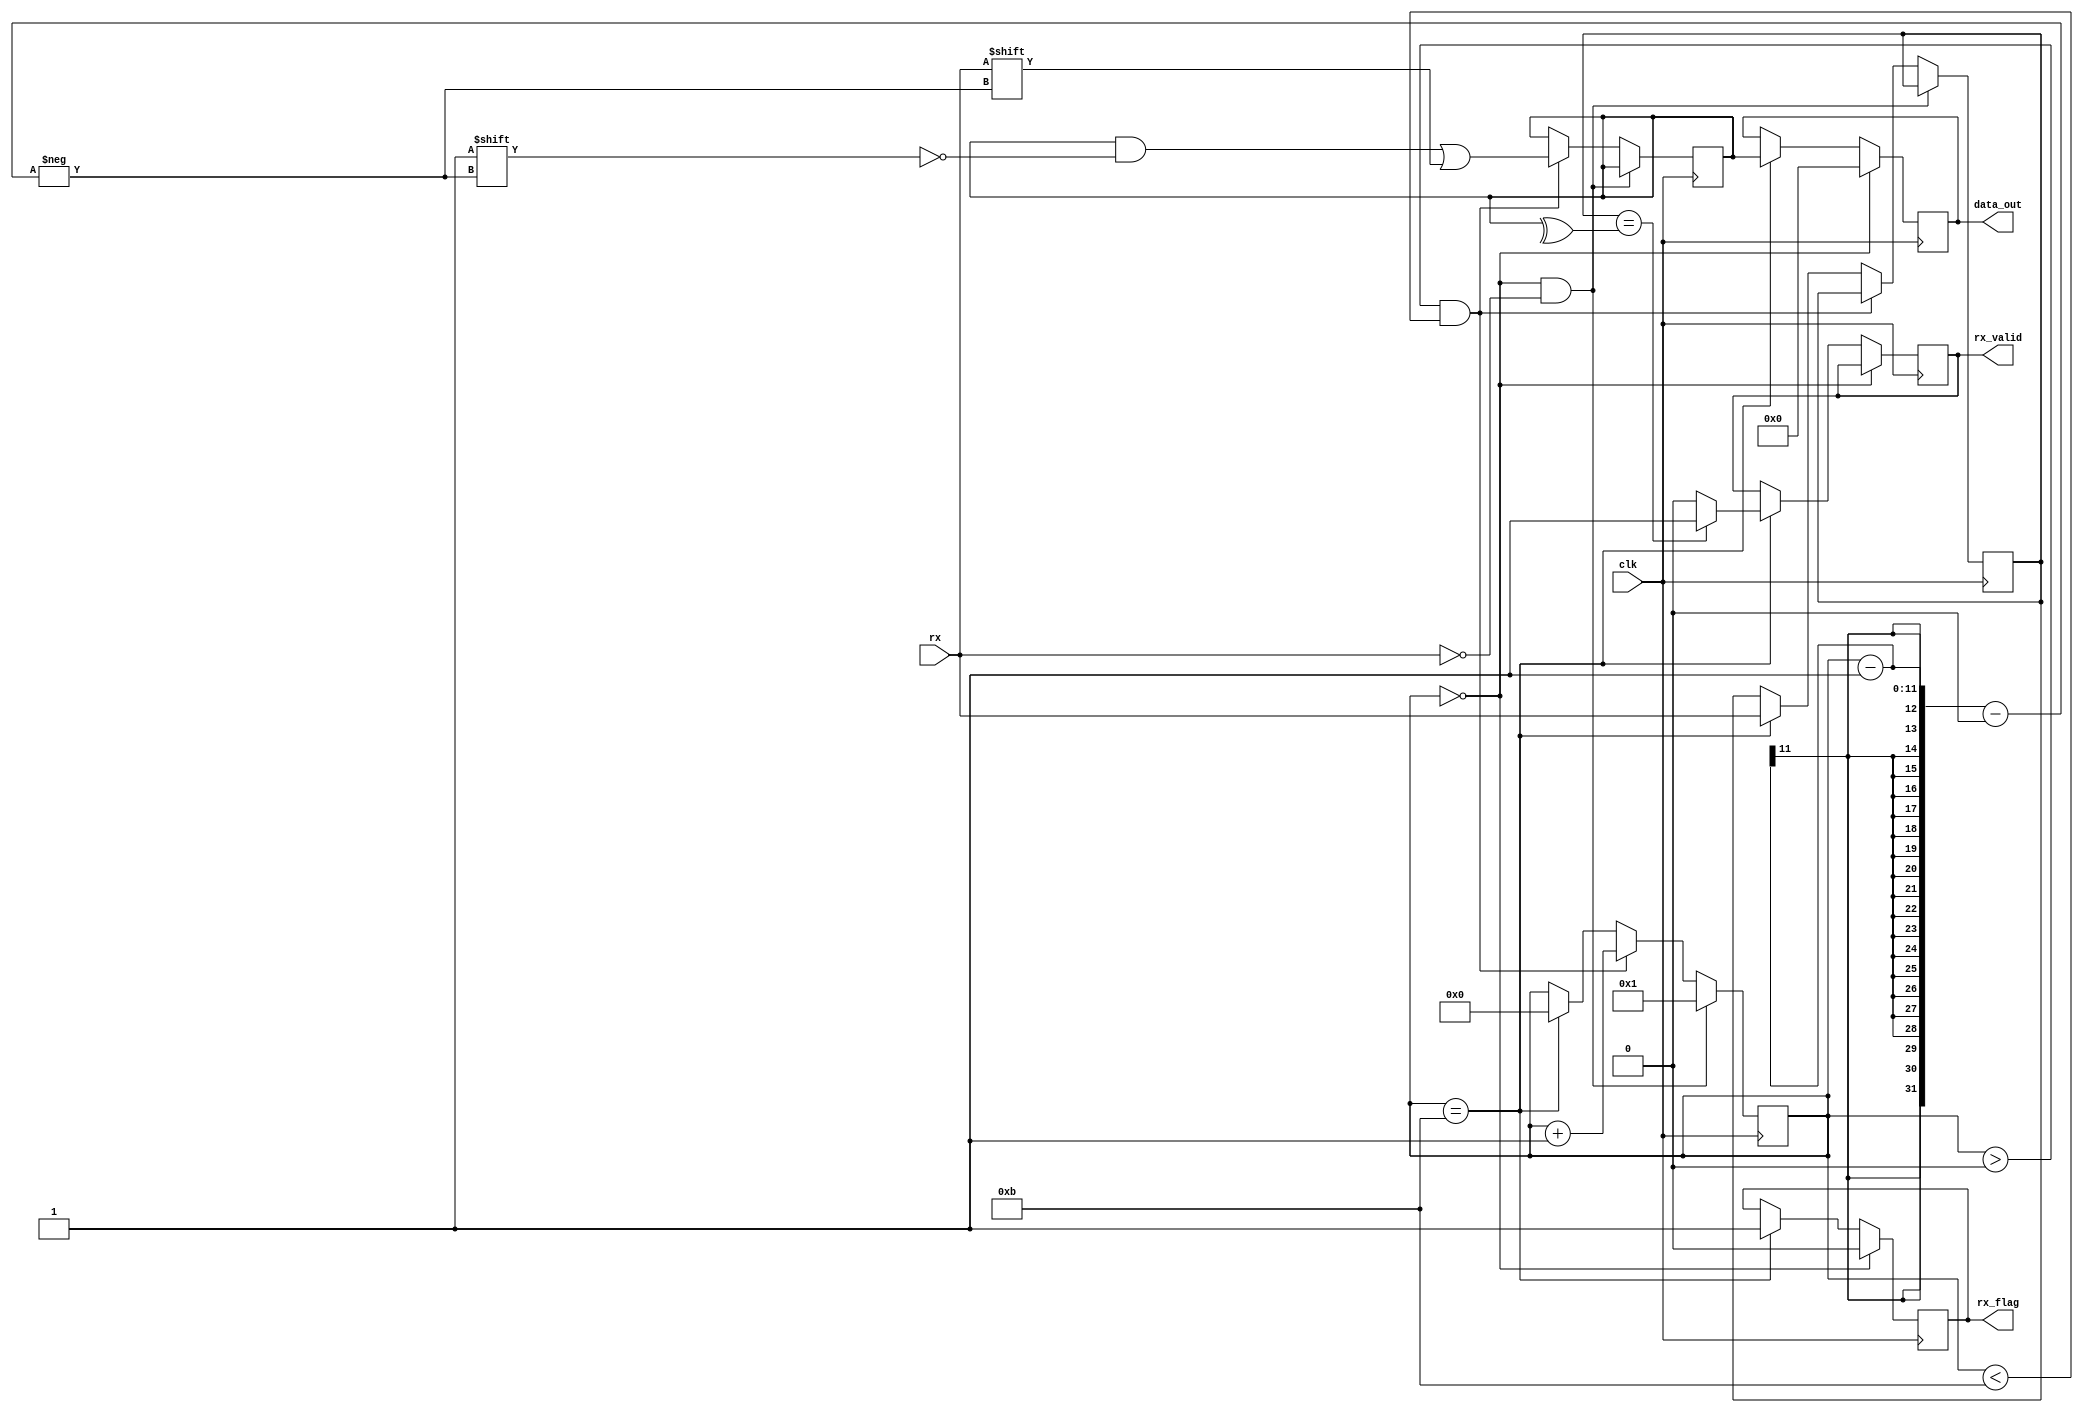
module uart_rx(
  input wire clk,
  input wire rx,

  output reg [7:0] data_out,
  output reg rx_flag,
  output reg rx_valid
);

reg [10:0] count;
reg [7:0] data_bits;
reg parity_bit;
reg stop_bit;

always @(posedge clk) begin
  if (count == 0 && rx == 0)
    count <= 1;
  else if (count > 0 && count < 11) begin
    count <= count + 1;
    data_bits[count - 1] <= rx;
  end else if (count == 11) begin
    count <= 0;
    parity_bit <= rx;
  end
end

always @(posedge clk) begin
  if (count == 0)
    rx_flag <= 0;
  else if (count == 11) begin
    stop_bit <= rx;
    rx_flag <= 1;
	 if(parity_bit == ^data_bits) 
		rx_valid <= 1'b1;
	 else
		rx_valid <= 1'b0;
  end
end

always @(posedge clk) begin
  if (count == 0)
    data_out <= 8'b0;
  else if (count == 11)
    data_out <= data_bits;
end

endmodule